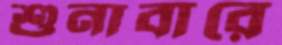
শুনাবারে